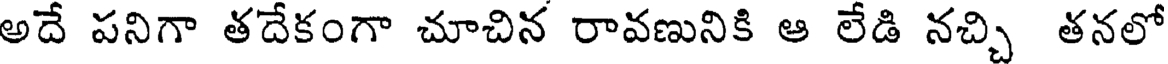
అదే పనిగా తదేకంగా చూచిన రావణునికి ఆ లేడి నచ్చి తనలో